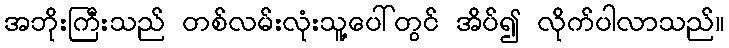
အဘိုးကြီးသည် တစ်လမ်းလုံးသူ့ပေါ်တွင် အိပ်၍ လိုက်ပါလာသည်။